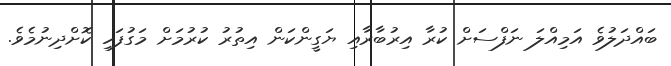
ބައްދަލުވެ އަމިއްލަ ނަފްސަށް ކުރާ އިރުބާރާއި ޔަގީންކަން އިތުރު ކުރުމަށް މަގުފަހި ކޮށްދިނުމެވެ.